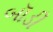
બૉડી